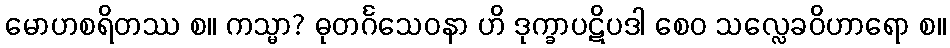
မောဟစရိတဿ စ။ ကသ္မာ? ဓုတင်္ဂသေဝနာ ဟိ ဒုက္ခာပဋိပဒါ စေဝ သလ္လေခဝိဟာရော စ။